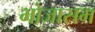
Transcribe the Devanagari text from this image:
भोजासम